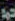
حمد